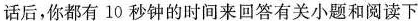
话后，你都有10秒钟的时间来回答有关小题和阅读下